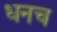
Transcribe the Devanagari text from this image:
धनच